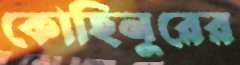
কোহিনুরের